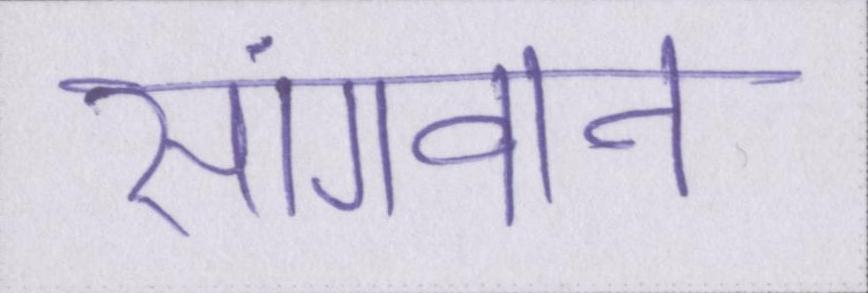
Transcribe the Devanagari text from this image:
सांगवान